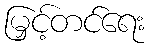
မြှင့်တင်ရေး